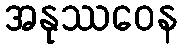
အနုဿဝေန